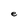
Character: e